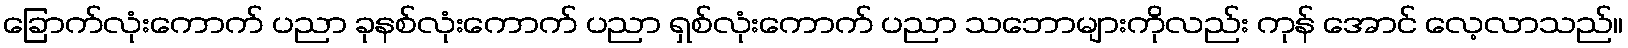
ခြောက်လုံးကောက် ပညာ ခုနစ်လုံးကောက် ပညာ ရှစ်လုံးကောက် ပညာ သဘောများကိုလည်း ကုန် အောင် လေ့လာသည်။